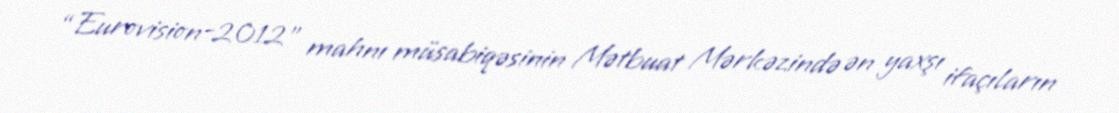
“Eurovision-2012" mahnı müsabiqəsinin Mətbuat Mərkəzində ən yaxşı ifaçıların